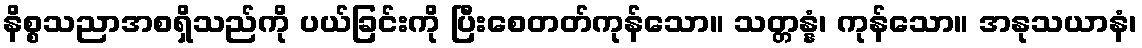
နိစ္စသညာအစရှိသည်ကို ပယ်ခြင်းကို ပြီးစေတတ်ကုန်သော။ သတ္တန္နံ၊ ကုန်သော။ အနုသယာနံ၊